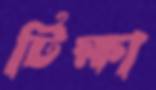
টিক্ষা